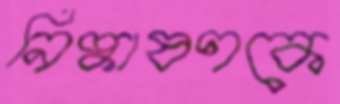
নিষ্কাষণকে